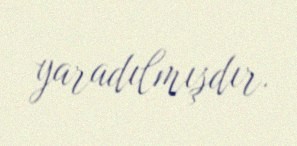
yaradılmışdır.